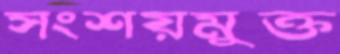
সংশয়মুক্ত